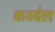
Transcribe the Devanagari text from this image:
कठबेल